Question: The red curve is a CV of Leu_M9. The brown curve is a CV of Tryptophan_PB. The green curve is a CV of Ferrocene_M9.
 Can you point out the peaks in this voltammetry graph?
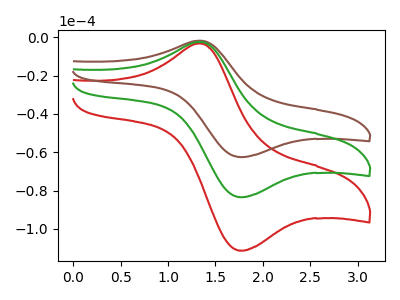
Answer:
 <answer>The red curve "Leu_M9" has an anodic peak at (1.35V, -4.80uA) and a cathodic peak at (1.80V, -166.85uA). The brown curve "Tryptophan_PB" has an anodic peak at (1.35V, -1.80uA) and a cathodic peak at (1.80V, -62.50uA). The green curve "Ferrocene_M9" has an anodic peak at (1.35V, -2.40uA) and a cathodic peak at (1.80V, -83.40uA).</answer>
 <eval></eval>